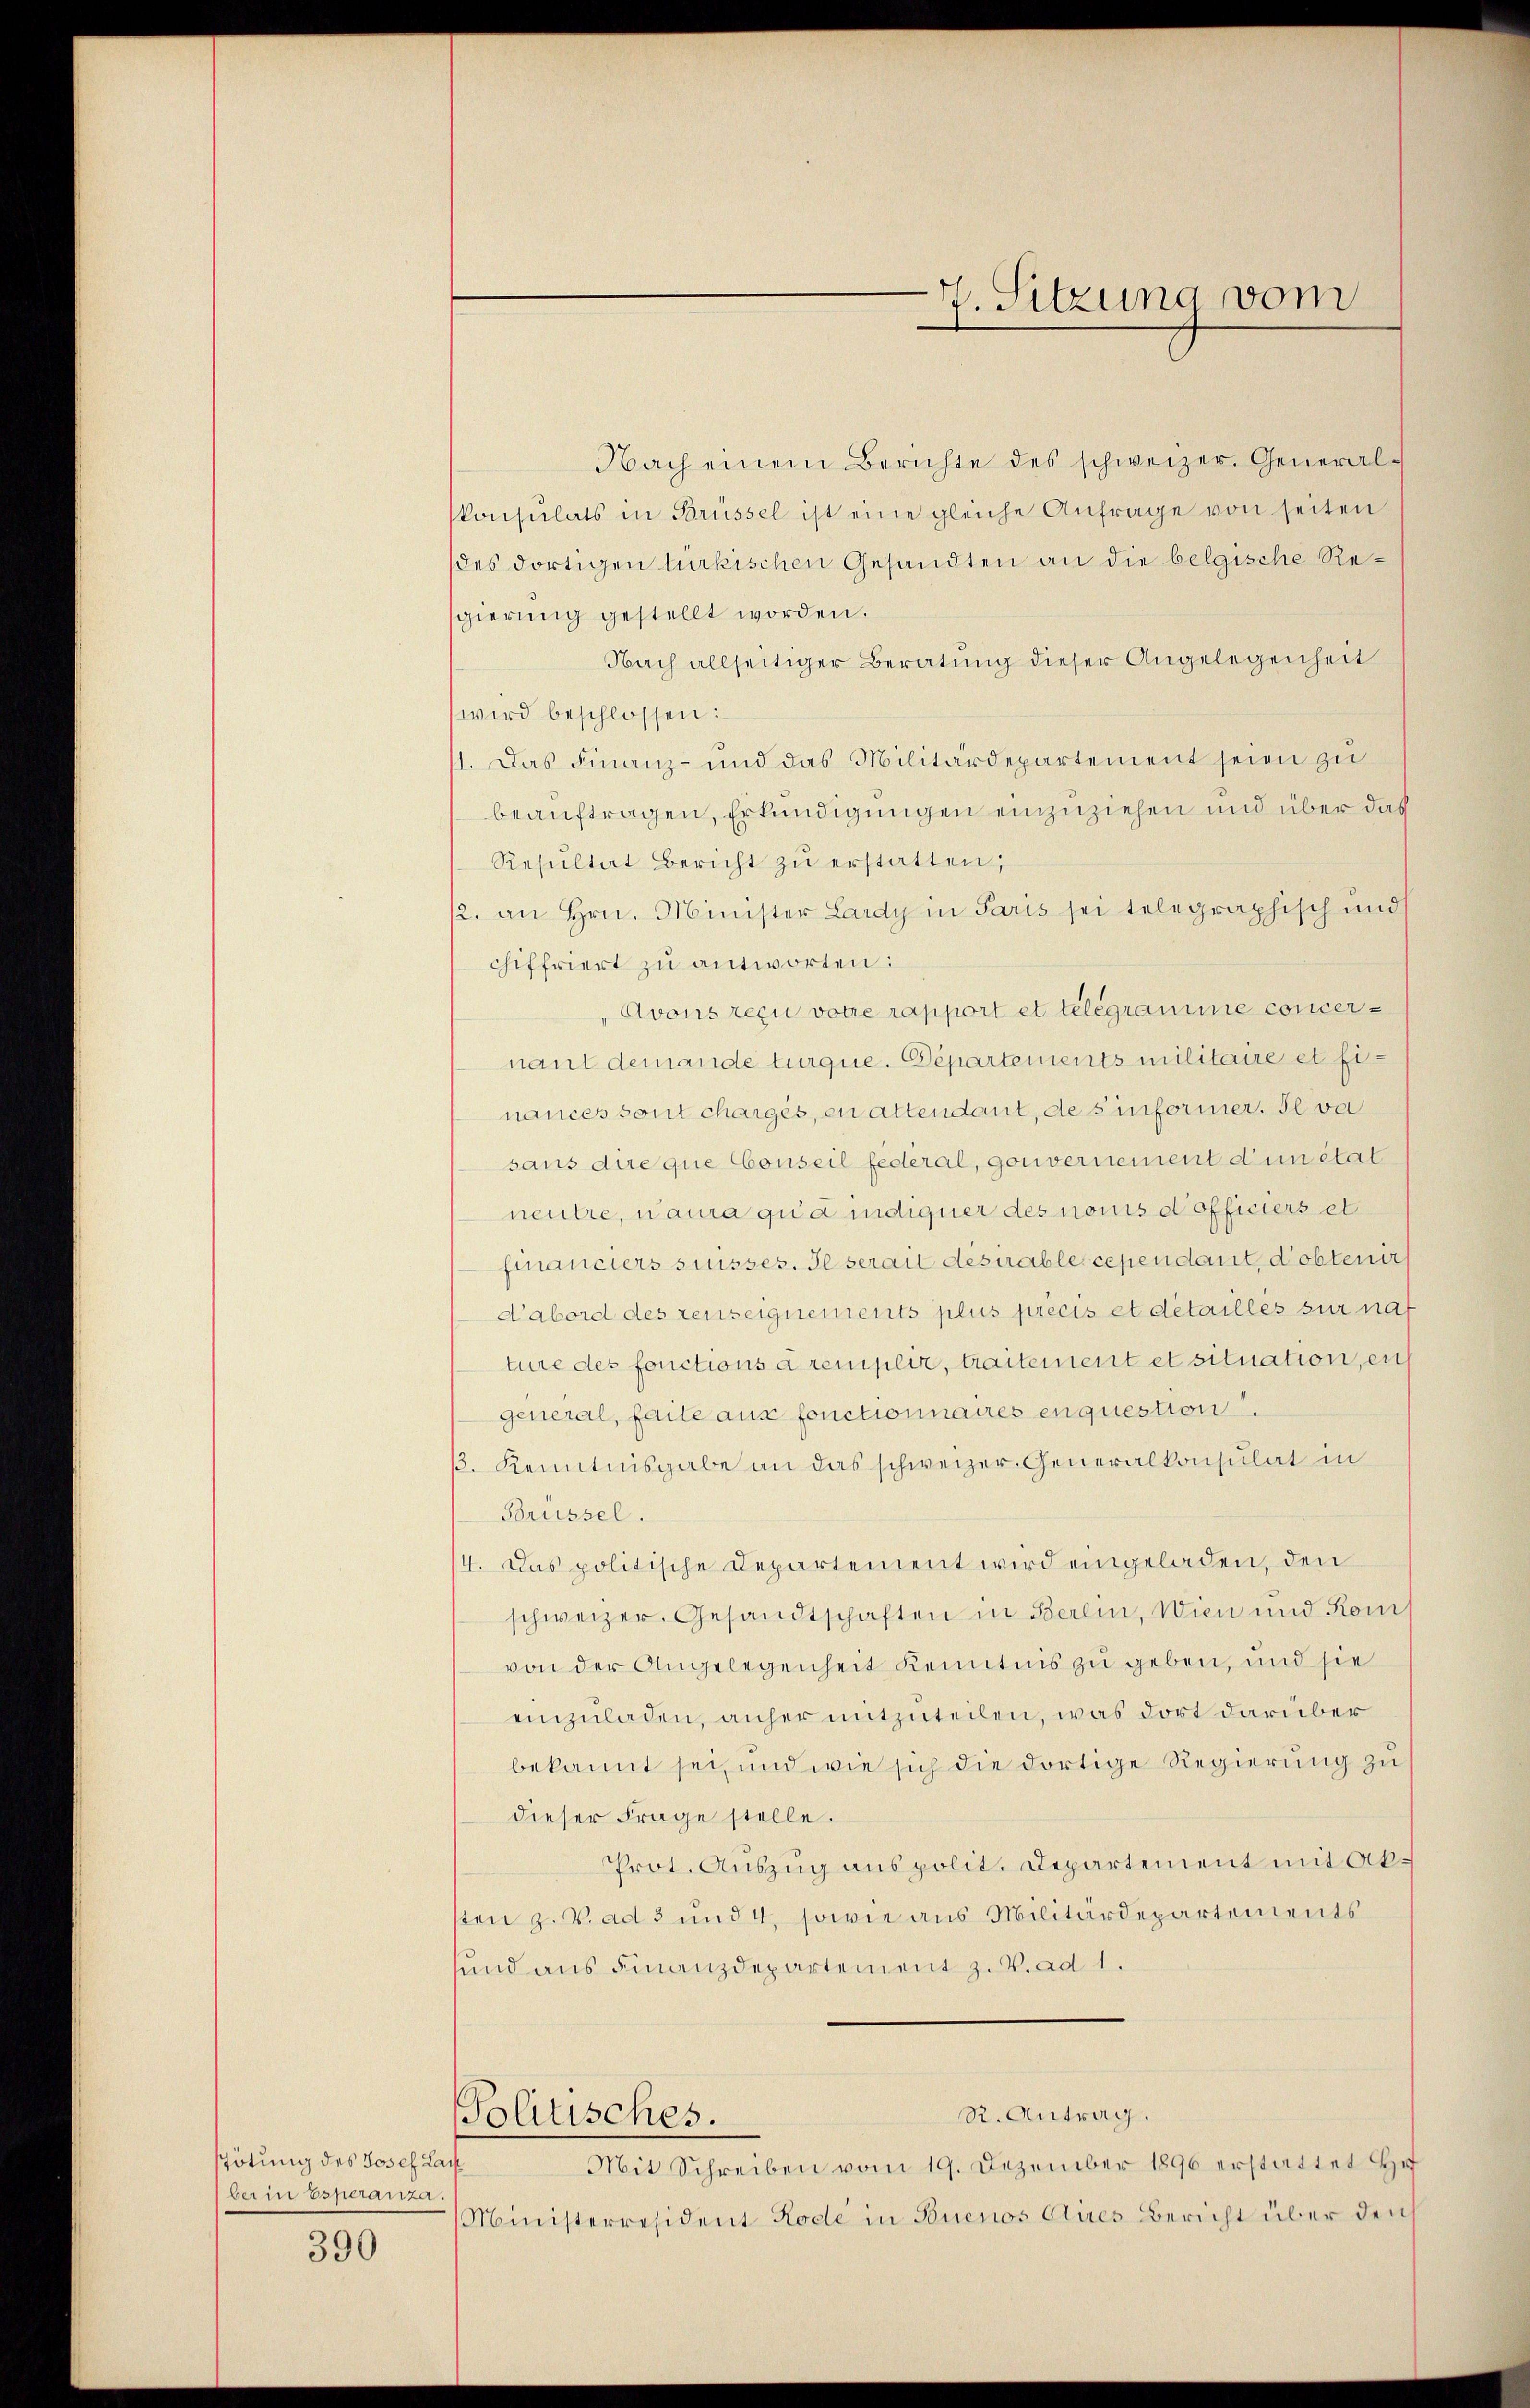
Tötung des Josef Lach
ber in Esperanza

390

Nach einem Berichte des schweizer. General-
skonsulats in Brüssel ist eine gleiche Anfrage von seiten
des dortigen türkischen Gesandten an die belgische Resgierung gestellt worden.
Nach allseitiger Beratung dieser Angelegenheit
wird beschlossen:
11. Das Finanz- und das Militärdepartement seien zŭ
beauftragen, Erkundigungen einzuziehen und über das
Resŭltat bericht zŭ erstatten,
12. an Hrn. Minister Lardy in Paris sei telegraphisch und
chiffriert zu antworten:
„Avons reçu votre rapport et telegramme concernant demande turque. Departements militaire et Einances sont chargés, en altendant, des informer. Il va
saus die que Conseil federal, gouvernement d’un état
neutre, nama qua indigner des nomis d’officiers et
financiers suisses. Il serait desurable cependant, d’obtenir
d’abord des renseignements plus précis et detaillés sur nach
ture des fonctions a remplir, traitement et situation, ei
general, faite aus fonctionnaires enquestion.
/. Kenntnisgabe an das schweizer. Generalkonsulat in
Brüssel.
4. Das politische Departement wird eingeladen, den
schweizer. Gesandtschaften in Berein, Wien und Kom
von der Angelegenheit kenntnis zu geben, und sie
einzuladen, anher mitzuteilen, was dort darüber
bekannt sei, und wie sich die dortige Regierung zu
dieser Frage stelle.
Prot. Auszug aus polit. Departement mit Aksten z. V. ad 3 und 4, sowie aus Militärdepartements
sund aus Finanzdepartement z. V. ad 1.
R. Antrag.
Politisches.
Mit Schreiben vom 19. Dezember 1890 erstattet Hr.
Ministerresident Rode in Buenos Aires Bericht über den

7. Sitzung vom